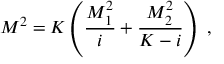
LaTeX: M ^ { 2 } = K \left( \frac { M _ { 1 } ^ { 2 } } { i } + \frac { M _ { 2 } ^ { 2 } } { K - i } \right) \; ,